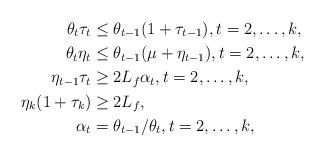
LaTeX: \begin{align*}\theta_t \tau_t &\le \theta_{t-1} (1+ \tau_{t-1}), t = 2, \ldots, k, \\\theta_t \eta_t &\le \theta_{t-1} (\mu + \eta_{t-1}), t = 2, \ldots, k, \\\eta_{t-1} \tau_{t} &\ge 2 L_f \alpha_t, t = 2, \ldots, k, \\\eta_k (1+\tau_k) &\ge 2 L_f, \\\alpha_t &= \theta_{t-1} / \theta_t, t = 2, \ldots, k, \end{align*}